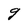
Character: g